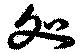
処